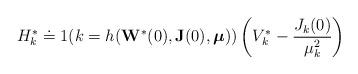
LaTeX: \begin{align*}H^*_k\doteq1(k=h(\mathbf{W}^*(0), \mathbf{J}(0), \boldsymbol{\mu}) )\left(V^*_k-\frac{J_{k}(0)}{\mu_k^2}\right)\end{align*}